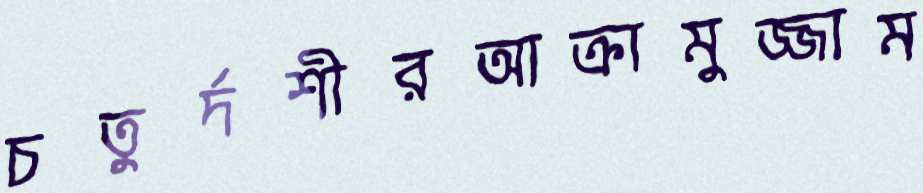
চতুর্দশীরআক্রামুজ্জাম